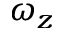
\omega _ { z }